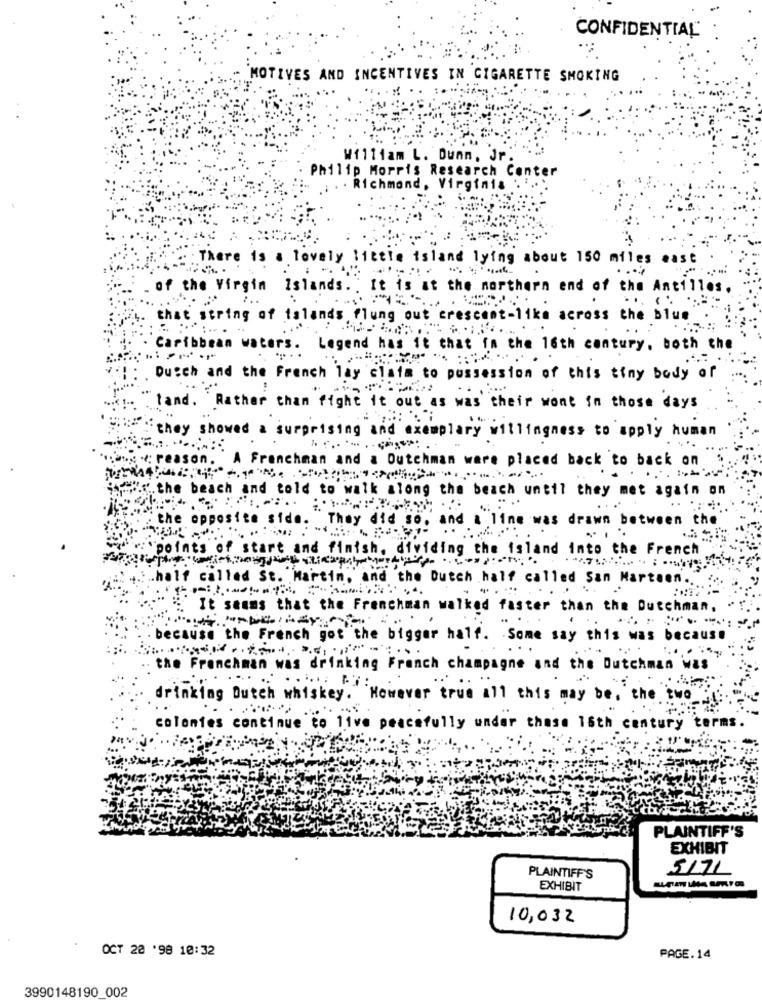
CONFIDENTIAL
MOTIVES AND INCENTIVES IN CIGARETTE SMOKING
William L. Dumm, Jr .
Philip Morris Research Center
Richmond, Virginia
: There is a lovely little island lying about 150 miles east
....
of the Virgin Islands. . It is at the northern end of the Antilles,
that string of islands flung out crescent-like across the blue
Caribbean waters. Legend has it that in the 16th century, both the
: ----
Dutch and the French lay claim to possession of this tiny body of
land. Rather than fight it out as was their wont in those days
" they showed a surprising and exemplary willingness to apply human
.any e; reason.
A Frenchman and a Dutchman ware placed back to back on
" ... the beach and told to walk along the beach until they met again on
They did so, and a line was drawn between the
the opposite side: Her Baty
:points of start and finish. dividing the island into the French
half called St. Martin, and the Dutch half called San Martaen ....... ..
It seems that the Frenchman walked faster than the Dutchman, .
because the French got the bigger half. Some say this was because
the Frenchman was drinking Franch champagne and the Dutchman was
drinking Dutch whiskey. However true all this may be, the two"
colonies continue to live peacefully under chase 16th century terms .
PLAINTIFF'S
EXHIBIT
PLAINTIFF'S
5171
EXHIBIT
10,032
OCT 20 '98 10:32
PAGE.14
3990148190 002